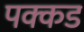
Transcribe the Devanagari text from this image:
पक्कड